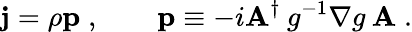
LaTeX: {\mathbf j}=\rho{\mathbf p}\; ,\qquad{\mathbf p}\equiv-i{\mathbf A}^{\dagger}\: g^{-1}\nabla g\: {\mathbf A}\; .